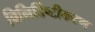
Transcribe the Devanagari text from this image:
विनिर्दिष्टीकरण